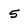
Character: 5